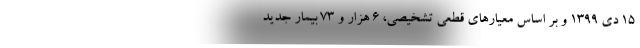
۱۵ دی ۱۳۹۹ و بر اساس معیارهای قطعی تشخیصی، ۶ هزار و ۷۳ بیمار جدید